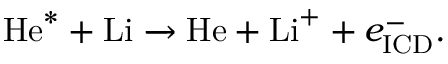
\mathrm { H e } ^ { \mathrm { * } } + \mathrm { L i } \xrightarrow { } \mathrm { H e } + \mathrm { L i } ^ { \mathrm { + } } + e _ { \mathrm { I C D } } ^ { \mathrm { - } } .